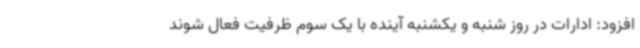
افزود: ادارات در روز شنبه و یکشنبه آینده با یک سوم ظرفیت فعال شوند